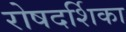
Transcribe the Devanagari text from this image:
रोषदर्शिका